Problem: 50 + 14 = ?
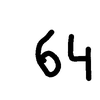
Handwritten answer: 64